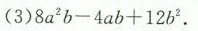
(3)8a^{2} b- 4ab+12b^{2}